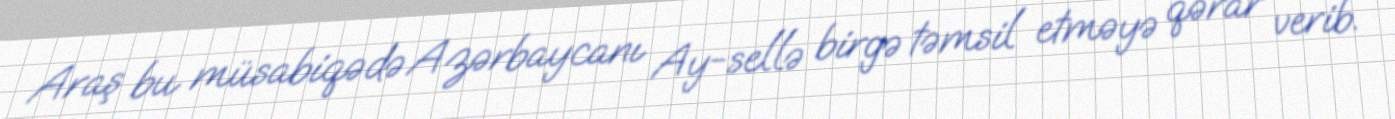
Araş bu müsabiqədə Azərbaycanı Ay-sellə birgə təmsil etməyə qərar verib.